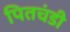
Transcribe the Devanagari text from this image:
पितचंडी